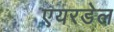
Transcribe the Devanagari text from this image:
एयरडेल